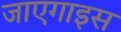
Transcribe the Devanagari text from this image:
जाएगाइस